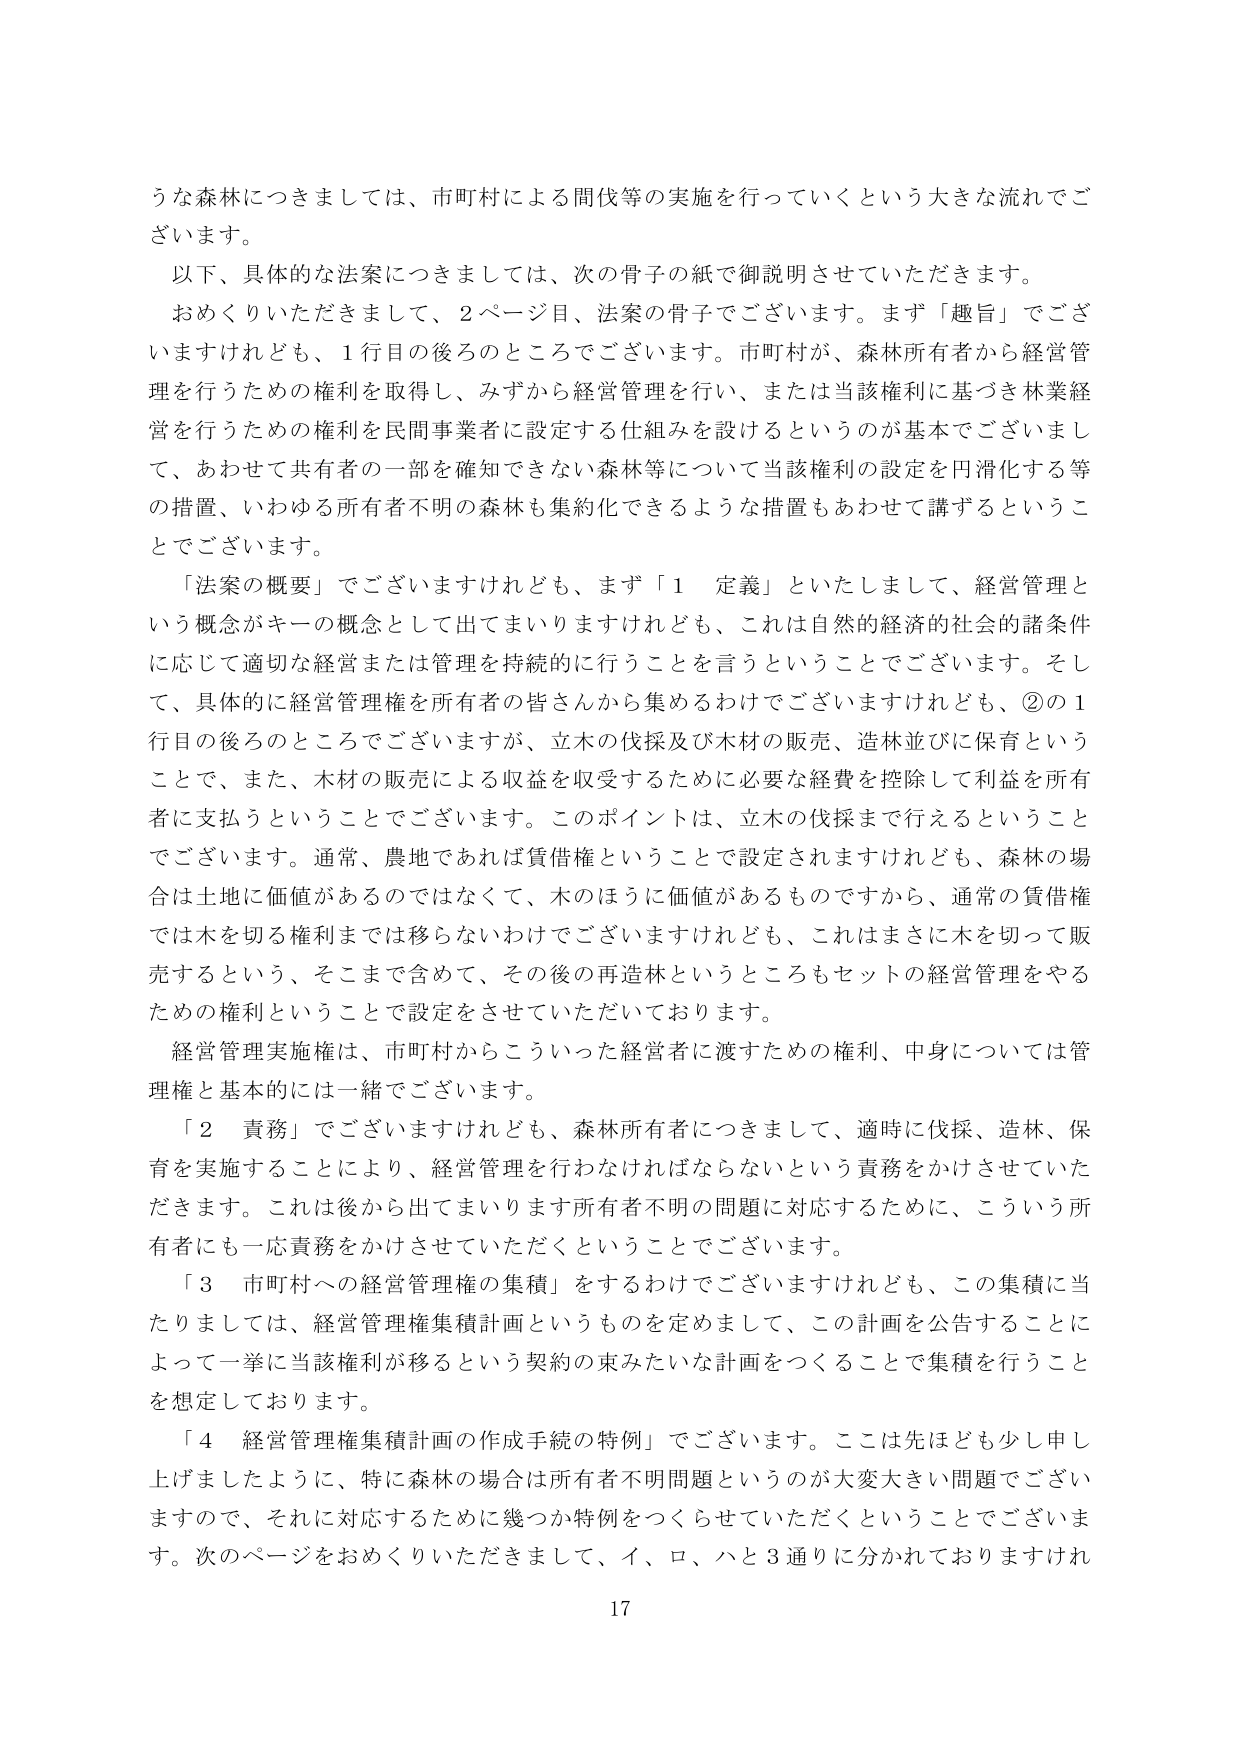
うな森林につきましては、市町村による間伐等の実施を行っていくという大きな流れでございます。

以下、具体的な法案につきましては、次の骨子の紙で御説明させていただきます。

おめくりいただきまして、2ページ目、法案の骨子でございます。まず「趣旨」でございますけれども、1行目の後ろのところでございます。市町村が、森林所有者から経営管理を行うための権利を取得し、みずから経営管理を行い、または当該権利に基づき林業経営を行うための権利を民間事業者に設定する仕組みを設けるというのが基本でございまして、あわせて共有者の一部を確知できない森林等について当該権利の設定を円滑化する等の措置、いわゆる所有者不明の森林も集約化できるような措置もあわせて講ずるということでございます。

「法案の概要」でございますけれども、まず「1 定義」といたしまして、経営管理という概念がキーの概念として出てまいりますけれども、これは自然的経済的社会的諸条件に応じて適切な経営または管理を持続的に行うことを言うということでございます。そして、具体的に経営管理権を所有者の皆さんから集めるわけでございますけれども、②の1行目の後ろのところでございますが、立木の伐採及び木材の販売、造林並びに保育ということで、また、木材の販売による収益を収受するために必要な経費を控除して利益を所有者に支払うということでございます。このポイントは、立木の伐採まで行えるということでございます。通常、農地であれば賃借権ということで設定されますがけれども、森林の場合は土地に価値があるのではなくて、木のほうに価値があるものですから、通常の賃借権では木を切る権利までは移らないわけでございますけれども、これはまさに木を切って販売するという、そこまで含めて、その後の再造林というところもセットの経営管理をやるための権利ということで設定をさせていただいております。

経営管理実施権は、市町村からこういった経営者に渡すための権利、中身については管理権と基本的には一緒でございます。

「2 責務」でございますけれども、森林所有者につきまして、適時に伐採、造林、保育を実施することにより、経営管理を行わなければならないという責務をかけさせていただきます。これは後から出てまいります所有者不明の問題に対応するために、こういう所有者にも一応責務をかけさせていただくということでございます。

「3 市町村への経営管理権の集積」をするわけでございますけれども、この集積に当たりましては、経営管理権集積計画というものを定めまして、この計画を公告することによって一挙に当該権利が移るという契約の束みたいな計画をつくることで集積を行うことを想定しております。

「4 経営管理権集積計画の作成手続の特例」でございます。ここは先ほども少し申し上げましたように、特に森林の場合は所有者不明問題というのが大変大きい問題でございますので、それに対応するために幾つか特例をつくらせていただくということでございます。次のページをおめくりいただきまして、イ、ロ、ハと3通りに分かれておりますけれ

17